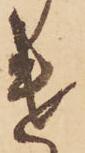
け